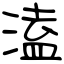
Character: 溘